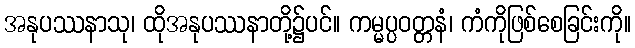
အနုပဿနာသု၊ ထိုအနုပဿနာတို့၌ပင်။ ကမ္မပ္ပဝတ္တနံ၊ ကံကိုဖြစ်စေခြင်းကို။